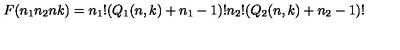
F ( n _ { 1 } n _ { 2 } n k ) = n _ { 1 } ! ( Q _ { 1 } ( n , k ) + n _ { 1 } - 1 ) ! n _ { 2 } ! ( Q _ { 2 } ( n , k ) + n _ { 2 } - 1 ) !